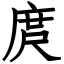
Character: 庹